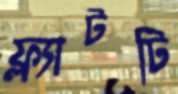
ফ্ল্যাটটি